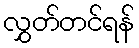
လွှတ်တင်ရန်